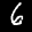
Label: 6